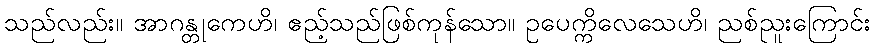
သည်လည်း။ အာဂန္တုကေဟိ၊ ဧည့်သည်ဖြစ်ကုန်သော။ ဥပေက္ကိလေသေဟိ၊ ညစ်ညူးကြောင်း